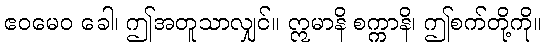
ဧဝမေဝ ခေါ၊ ဤအတူသာလျှင်။ ဣမာနိ စက္ကာနိ၊ ဤစက်တို့ကို။